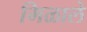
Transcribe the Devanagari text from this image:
मिळालेे